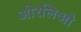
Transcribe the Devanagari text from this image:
ओरलिओ